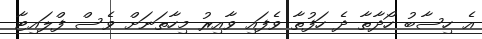
އެ ހިސާބު ހޯދާތާ ދެ ހަފުތާ ވެފައި ވާއިރު މިހާތަނަށް ވެސް ފްލަައިޓާ